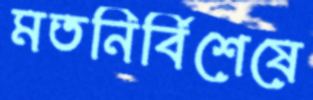
মতনির্বিশেষে